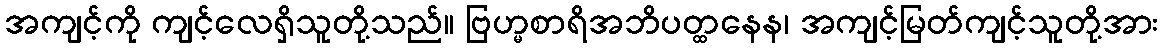
အကျင့်ကို ကျင့်လေရှိသူတို့သည်။ ဗြဟ္မစာရိအဘိပတ္ထနေန၊ အကျင့်မြတ်ကျင့်သူတို့အား